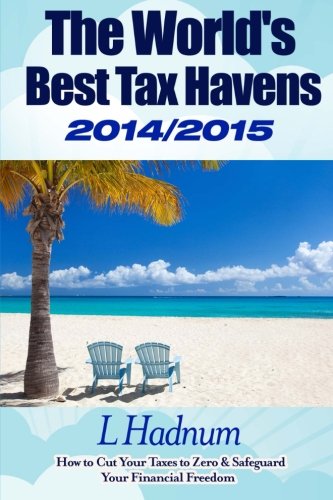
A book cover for The World's Best Tax Havens 2014/2015: How to Cut Your Taxes to Zero & Safeguard Your Financial Freedom; Mr L Hadnum; Law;